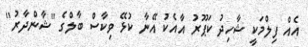
އެއް ފިލްމަކީ ޝާހިދު ކަޕޫރު އާއެކު އޭނާ ކުޅޭ ވިކާސް ބާލްގެ ''ޝާންދާރު''